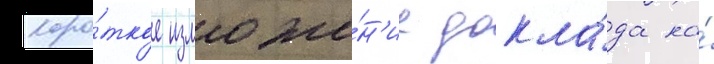
Коро́ткое изложе́н'ие докла́да на́